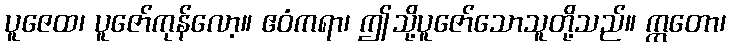
ပူဇေထ၊ ပူဇော်ကုန်လော့။ ဧဝံကရာ၊ ဤသို့ပူဇော်သောသူတို့သည်။ ဣတော၊